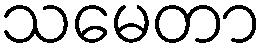
သမေတာ